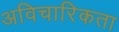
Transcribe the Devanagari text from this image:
अविचारिकता